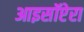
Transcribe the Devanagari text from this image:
आइसॉप्टेरा